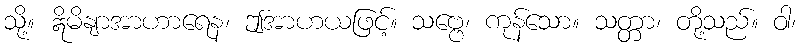
သို့။ ဣိမိနျာအာဟာရေန၊ ဤအာဟယဖြင့်။ သဗ္ဗေ၊ ကုန်သော။ သတ္တာ၊ တို့သည်။ ဝါ၊